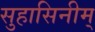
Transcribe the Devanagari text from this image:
सुहासिनीम्